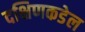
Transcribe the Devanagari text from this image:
दक्षिणकडेल